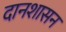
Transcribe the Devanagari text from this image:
दानशासन